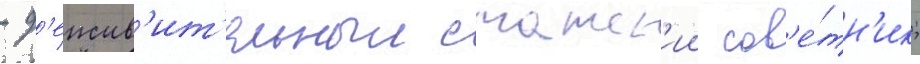
- д'еиств'ит'ельныи статск'ии сов'е́тн'ик;